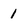
Character: 1